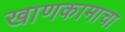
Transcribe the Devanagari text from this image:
खाणकामाचा